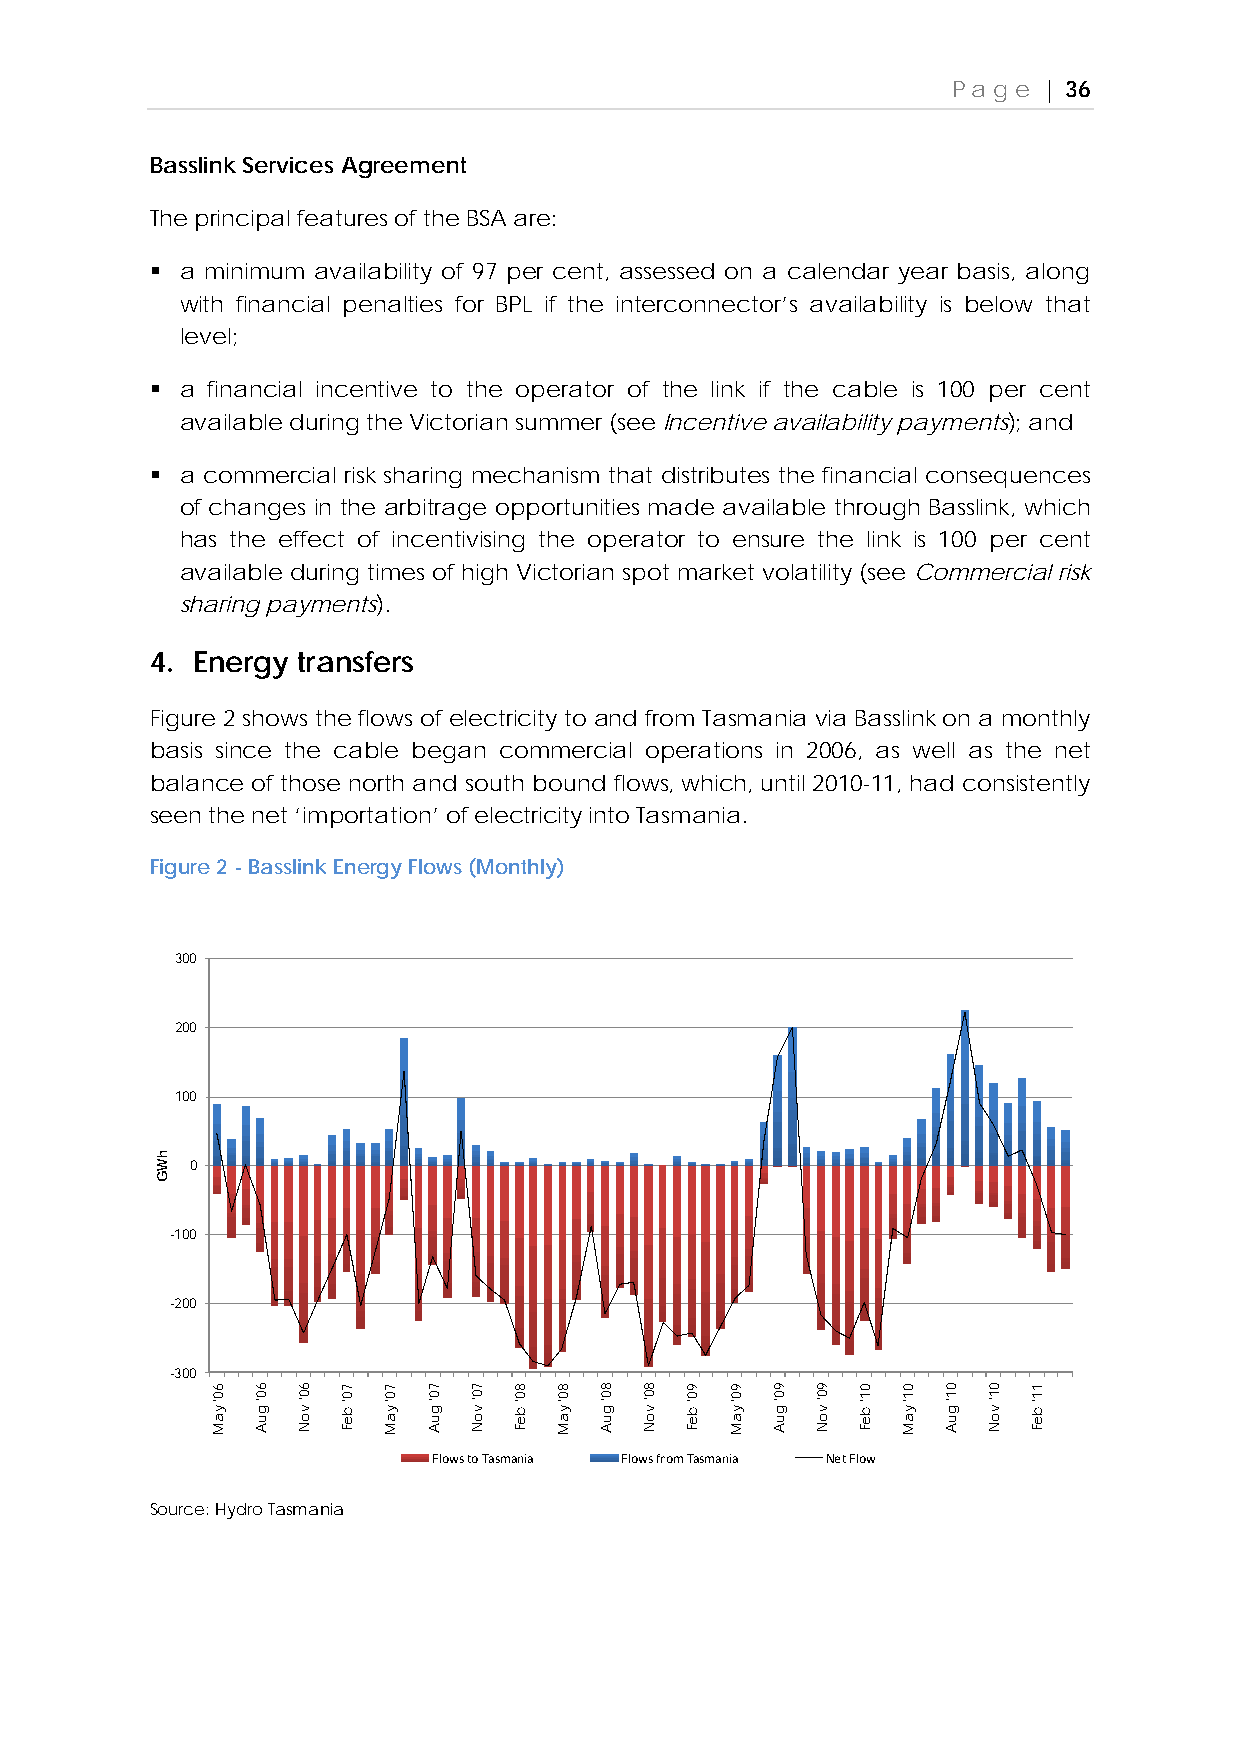
Page  | 36
 Basslink Services Agreement
 The principal features of the BSA are:
  a minimum availability of 97 per cent, assessed on a calendar year basis, along
 with financial penalties for BPL if the interconnector’s availability is below that
 level;
  a financial incentive to the operator of the link if the cable is 100 per cent
 available during the Victorian summer (see Incentive availability payments); and
  a commercial risk sharing mechanism that distributes the financial consequences
 of changes in the arbitrage opportunities made available through Basslink, which
 has the effect of incentivising the operator to ensure the link is 100 per cent
 available during times of high Victorian spot market volatility (see Commercial risk
 sharing payments).
 4. Energy transfers
 Figure 2 shows the flows of electricity to and from Tasmania via Basslink on a monthly
 basis since the cable began commercial operations in 2006, as well as the net
 balance of those north and south bound flows, which, until 2010-11, had consistently
 seen the net ‘importation’ of electricity into Tasmania.
 Figure 2 - Basslink Energy Flows (Monthly)
 300
 200
 100
 0
 -100
 -200
 -300
 Flows to Tasmania Flows from Tasmania Net Flow
 Source: Hydro Tasmania
 hWG
 60'
 yaM
 60'
 guA
 60'
 voN
 70'
 beF
 70'
 yaM
 70'
 guA
 70'
 voN
 80'
 beF
 80'
 yaM
 80'
 guA
 80'
 voN
 90'
 beF
 90'
 yaM
 90'
 guA
 90'
 voN
 01'
 beF
 01'
 yaM
 01'
 guA
 01'
 voN
 11'
 beF